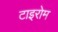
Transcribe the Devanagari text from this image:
टाइरोम